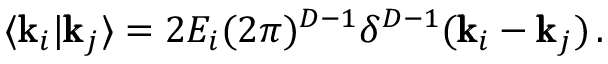
\langle \pmb { \mathrm { k } } _ { i } | \pmb { \mathrm { k } } _ { j } \rangle = 2 E _ { i } ( 2 \pi ) ^ { D - 1 } \delta ^ { D - 1 } ( \pmb { \mathrm { k } } _ { i } - \pmb { \mathrm { k } } _ { j } ) \, .